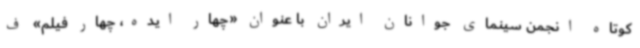
کوتاه انجمن سینمای جوانان ایران با عنوان «چهار ایده، چهار فیلم» ف